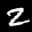
Label: 2